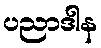
ပညာဒါန